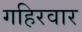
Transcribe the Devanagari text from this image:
गहिरवार